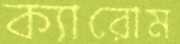
ক্যারোম